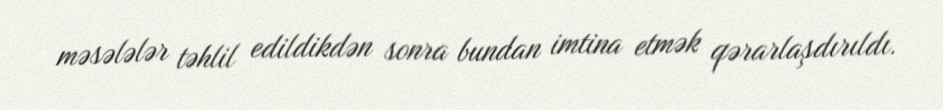
məsələlər təhlil edildikdən sonra bundan imtina etmək qərarlaşdırıldı.